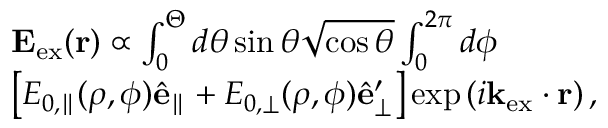
\begin{array} { r l } & { \mathbf { E } _ { \mathrm { e x } } ( \mathbf { r } ) \propto \int _ { 0 } ^ { \Theta } d \theta \sin \theta \sqrt { \cos \theta } \int _ { 0 } ^ { 2 \pi } d \phi } \\ & { \left[ E _ { 0 , \parallel } ( \rho , \phi ) \hat { \mathbf { e } } _ { \parallel } + E _ { 0 , \perp } ( \rho , \phi ) \hat { \mathbf { e } } _ { \perp } ^ { \prime } \right] \exp \left( i \mathbf { k } _ { \mathrm { e x } } \cdot \mathbf { r } \right) , } \end{array}